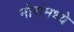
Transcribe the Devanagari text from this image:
मोरांमध्ये